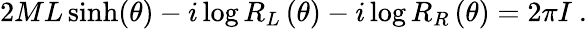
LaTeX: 2ML\sinh(\theta)-i\log R_{L}\left(\theta\right)-i\log R_{R}\left(\theta\right)=2\pi I\ .